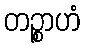
တဉ္စာဟံ